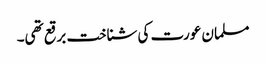
مسلمان عورت کی شناخت برقع تھی۔